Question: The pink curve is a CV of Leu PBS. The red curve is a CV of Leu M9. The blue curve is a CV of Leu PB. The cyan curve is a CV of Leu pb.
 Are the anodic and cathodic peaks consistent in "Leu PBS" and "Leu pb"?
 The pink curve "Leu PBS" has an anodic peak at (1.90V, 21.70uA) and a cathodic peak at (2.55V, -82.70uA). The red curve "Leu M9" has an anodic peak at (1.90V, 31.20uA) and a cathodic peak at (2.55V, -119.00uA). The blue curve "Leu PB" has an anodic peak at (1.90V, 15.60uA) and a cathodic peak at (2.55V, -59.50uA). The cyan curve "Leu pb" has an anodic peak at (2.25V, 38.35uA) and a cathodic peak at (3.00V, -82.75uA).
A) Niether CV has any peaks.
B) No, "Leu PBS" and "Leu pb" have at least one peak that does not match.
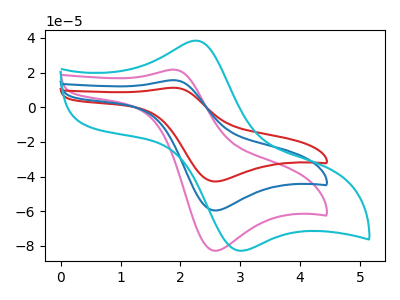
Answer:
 <answer>B) No, "Leu PBS" and "Leu pb" have at least one peak that does not match.</answer>
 <eval>B</eval>